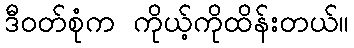
ဒီဝတ်စုံက ကိုယ့်ကိုထိန်းတယ်။